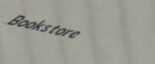
Bookstore